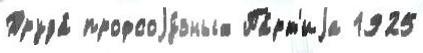
Труда́ профсоjу́зных Па́рт'иjа 1925